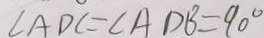
\angle A D C = \angle A D B = 9 0 ^ { \circ }